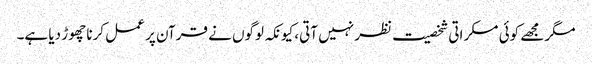
مگر مجھے کوئی مسکراتی شخصیت نظر نہیں آتی، کیونکہ لوگوں نے قرآن پر عمل کرنا چھوڑ دیا ہے۔